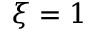
\xi = 1